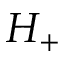
H _ { + }